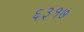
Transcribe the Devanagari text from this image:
६३१७